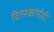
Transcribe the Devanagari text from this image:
वितरकांनीही